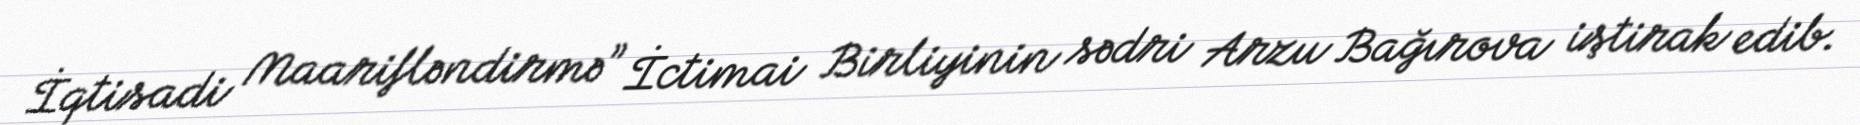
İqtisadi Maarifləndirmə” İctimai Birliyinin sədri Arzu Bağırova iştirak edib.